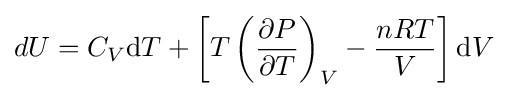
dU=C_{V}\mathrm {d} T+\left[T\left({\frac {\partial P}{\partial T}}\right)_{V}-{\frac {nRT}{V}}\right]\mathrm {d} V